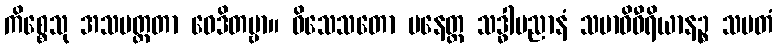
ကိစ္စေသု အသမတ္ထတာ ဝေဒိတဗ္ဗာ။ ဝိသေသတော ပနေတ္ထ သဒ္ဓါပညာနံ သမာဓိဝီရိယာနဉ္စ သမတံ